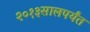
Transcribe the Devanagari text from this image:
२०१३सालपर्यंत